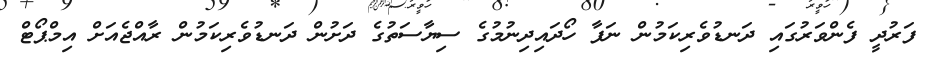
ފަރުދީ ފެންވަރުގައި ދަނޑުވެރިކަމުން ނަފާ ހޯދައިދިނުމުގެ ސިޔާސަތުގެ ދަށުން ދަނޑުވެރިކަމުން ރާއްޖެއަށް އިމްޕޯޓް